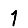
Digit: 1